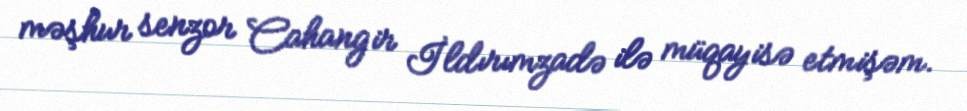
məşhur senzor Cahangir İldırımzadə ilə müqayisə etmişəm.